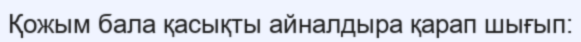
Қожым бала қасықты айналдыра қарап шығып: